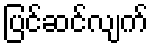
ပြင်ဆင်လျက်